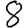
Digit: 8